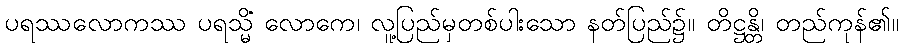
ပရဿလောကဿ ပရသ္မိံ လောကေ၊ လူ့ပြည်မှတစ်ပါးသော နတ်ပြည်၌။ တိဋ္ဌန္တိ၊ တည်ကုန်၏။